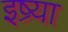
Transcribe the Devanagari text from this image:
इष्र्या